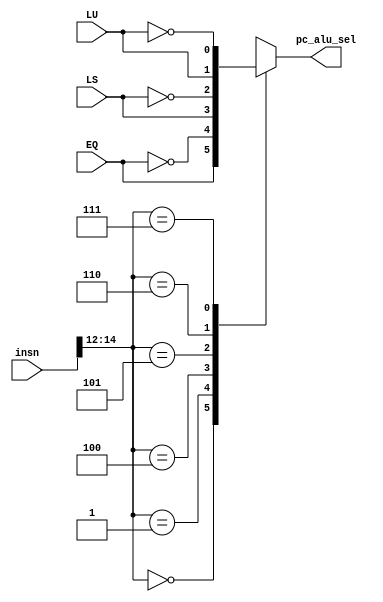
module DecoderBINSN (
  input wire [31:0] insn, // instruo de 32 bits
  input wire EQ, LS, LU, // entradas de comparao  
  output reg pc_alu_sel // Sinal que seleciona se qual incremeto ser dado ao PC
);
  wire [2:0] func; // net func para auxiliar na legibilidade do cdigo
  assign func = insn[14:12]; 

  always @(insn, EQ, LS, LU) begin
    /* realizamos as comparaes, e baseado no opcode, ou a alu do pc recebe 4 normalmente e 
    no realiza um branch, ou recebe o valor imediato e avana/retorna para algum endereo */
    case (func)
      3'b000: pc_alu_sel = (EQ);
      3'b001: pc_alu_sel = (~EQ);
      3'b100: pc_alu_sel = (LS);
      3'b101: pc_alu_sel = (~LS);
      3'b110: pc_alu_sel = (LU);
      3'b111: pc_alu_sel = (~LU);
      default: pc_alu_sel = 1'bx;
    endcase
  end

endmodule